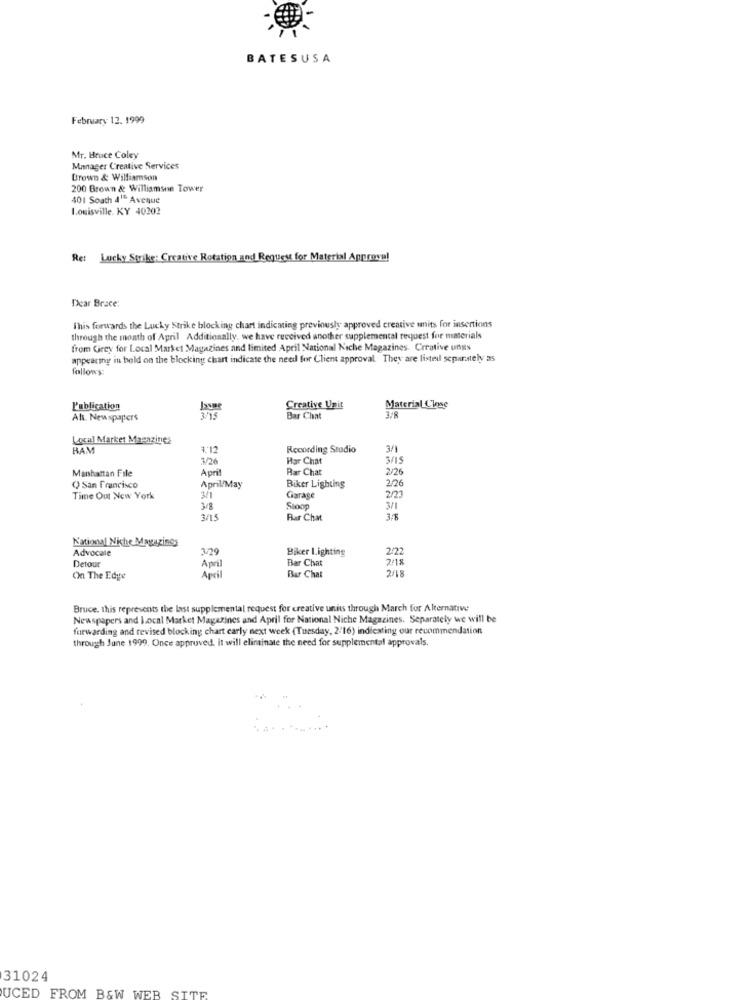
BATESUSA
February 12. 1999
Mr. Bruce Coley
Manager Creative Services
Brown & Williamson
200 Brown & Williamsin Tower
401 South d' Aveque
Louisville. KY 40202
Re: Lucky Strike: Creative Rotation and Request for Material Approve!
Dear Brace:
This forwards the Lucky Strike blocking chart indicating previously approved creative units for insertions
through the month of April Additionally, we have received another supplemental request for materials
from Grey for Local Market Magazines and limited April National Nsche Magazines. Creative unns
appearing in bold on the blocking chart indicate the need for Client approval. They are listed separately as
follows:
Publication
Creative Unit
Material Close
Als. Newspapers
Bar Chat
3/8
Local Market Magazines
BAM
Recording Studio
3/1
3/26
Har Chat
3/15
Manhattan File
April
Rar Chat
2/26
() San Francisco
April/May
Biker Lighting
2/26
Time Out New York
Garage
2/23
3/8
Sloop
3/1
3/15
Rar Chat
3.8
National Niche Magazines
Advocate
3/79
Biker Lighting
2/22
Detour
April
Bar Chat
2/18
2/18
On The Edge
Apcil
Bar Chat
Bruce, this represents the last supplemental request for creative units through March for Alternative
Newspapers and Local Market Magazines and April for National Niche Magazines. Separately we will be
forwarding and revised blocking chart carly next week (Tuesday, 2/16) indicating our recommendation
through June 1999. Once approved. it will eliminate the need for supplemental approvals.
31024
UCED FROM B&W WEB SITE